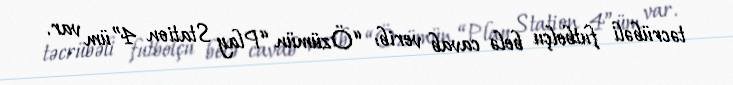
təcrübəli futbolçu belə cavab verib: “Özümün “Play Station 4”üm var.